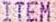
ITEM